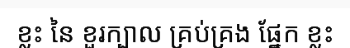
ខ្លះ នៃ ខួរក្បាល គ្រប់គ្រង ផ្នែក ខ្លះ